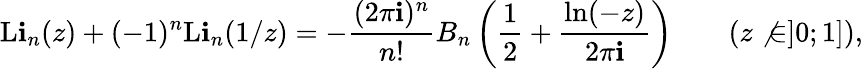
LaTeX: \operatorname{L\mathbf{i}}_{n}(z)+(-1)^{n}\operatorname{L\mathbf{i}}_{n}(1/z)=-{\frac{{(2\pi\mathbf{i})^{n}}}{{n!}}}B_{n}\left({\frac{{1}}{{2}}}+{\frac{{\ln(-z)}}{{2\pi\mathbf{i}}}}\right)\qquad(z\not{\in}]0;1]),